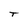
Character: T